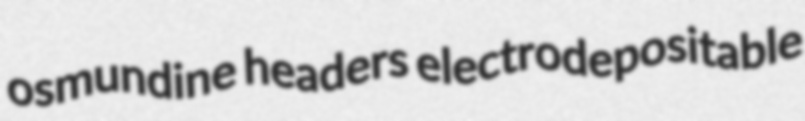
osmundine headers electrodepositable